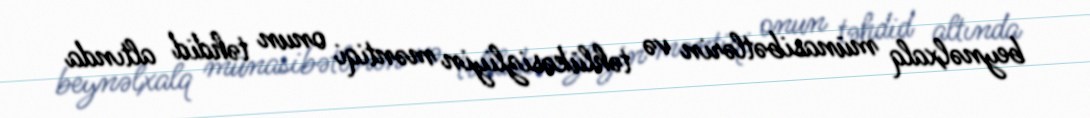
beynəlxalq münasibətlərin və təhlükəsizliyin məntiqi onun təhdid altında